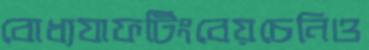
বোধ্যযাফটিংবেয়চেনিও